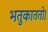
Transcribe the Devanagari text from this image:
भतुकाततो।